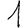
Digit: 1